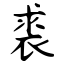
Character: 裘